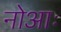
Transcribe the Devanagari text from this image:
नोआः